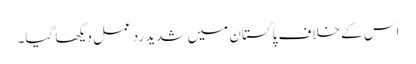
اس کے خلاف پاکستان میں شدید ردعمل دیکھا گیا۔